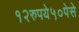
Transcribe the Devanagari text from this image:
१२रुपये५०पेसे